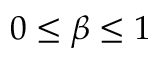
0 \leq \beta \leq 1